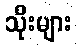
သိုးများ